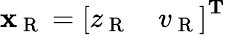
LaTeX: \mathbf{x}_{\mathrm{~R~}}=\left[\begin{array}{ll}{z_{\mathrm{~R~}}}&{v_{\mathrm{~R~}}}\end{array}\right]^{\mathbf{T}}